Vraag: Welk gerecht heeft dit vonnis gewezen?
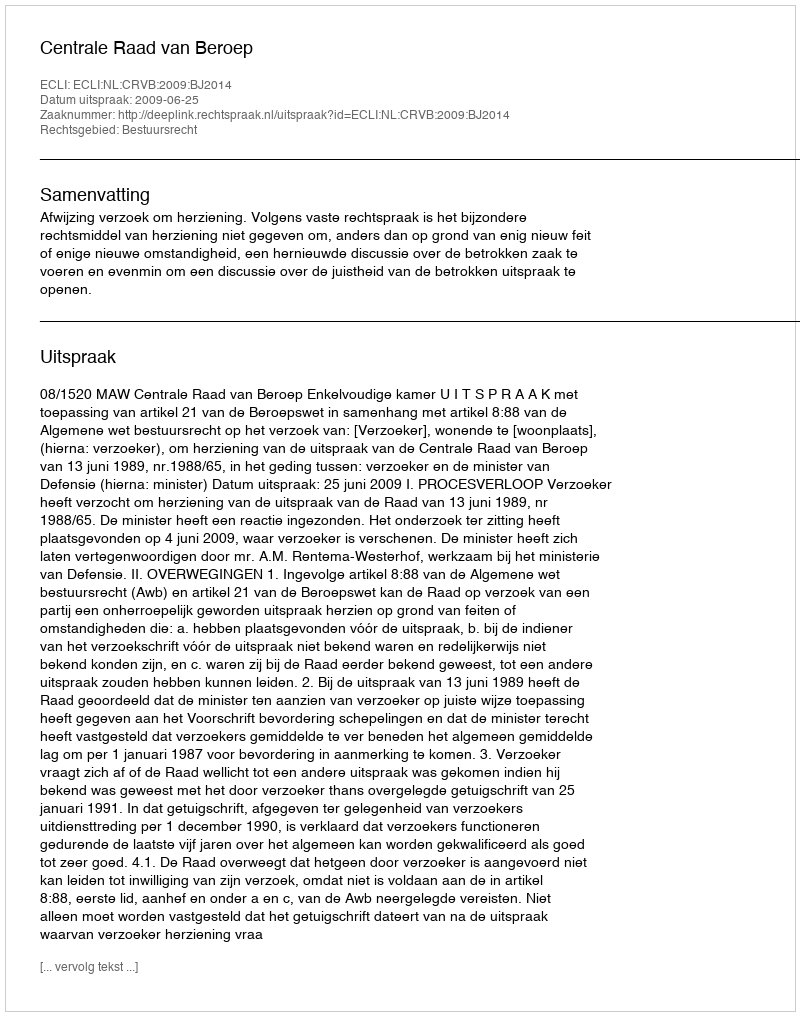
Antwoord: Centrale Raad van Beroep